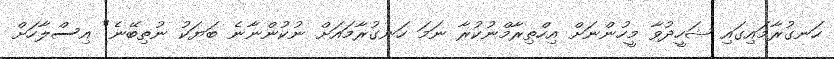
ހަނގުރާމައިގައި ޝަހީދުވާ މީހުންނަށް އިހްތިރާމްނުކުރާ ނަމަ ހަނގުރާމައަށް ނުކުންނާނެ ބަޔަކު ނުތިބޭނެ" އިސްލާހަށް